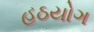
હઠયોગ